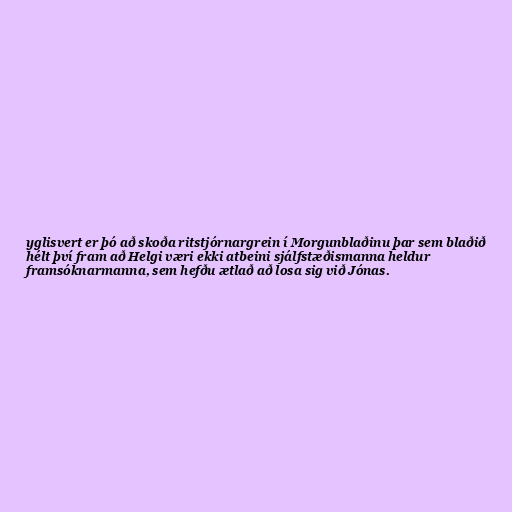
yglisvert er þó að skoða ritstjórnargrein í Morgunblaðinu þar sem blaðið
hélt því fram að Helgi væri ekki atbeini sjálfstæðismanna heldur
framsóknarmanna, sem hefðu ætlað að losa sig við Jónas.